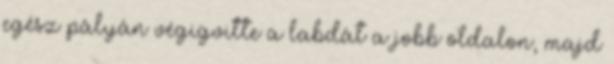
egész pályán végigvitte a labdát a jobb oldalon, majd